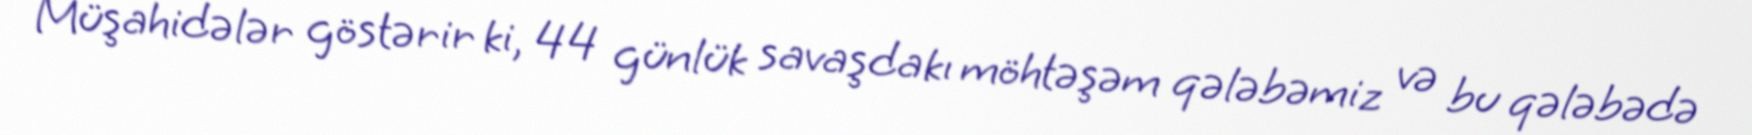
Müşahidələr göstərir ki, 44 günlük savaşdakı möhtəşəm qələbəmiz və bu qələbədə